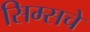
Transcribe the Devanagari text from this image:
सिम्सचे